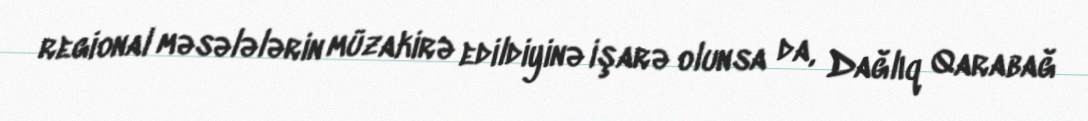
regional məsələlərin müzakirə edildiyinə işarə olunsa da, Dağlıq Qarabağ